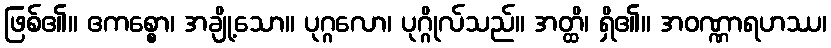
ဖြစ်၏။ ဧကစ္စော၊ အချို့သော။ ပုဂ္ဂလော၊ ပုဂ္ဂိုလ်သည်။ အတ္ထိ၊ ရှိ၏။ အဝဏ္ဏာရဟဿ၊